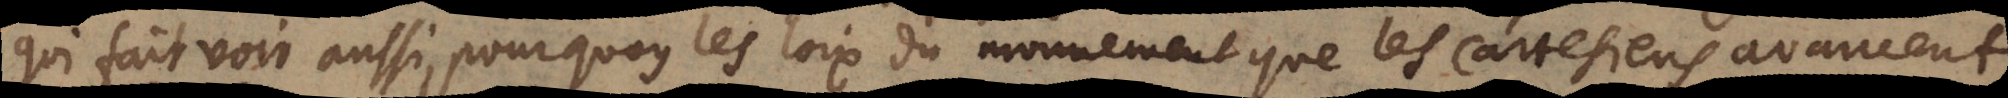
qui fait voir aussi pourquoy les loix du mouvement que les Cartesiens avancent,